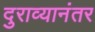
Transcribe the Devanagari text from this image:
दुराव्यानंतर